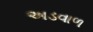
અડવાળ